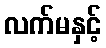
လက်မနှင့်